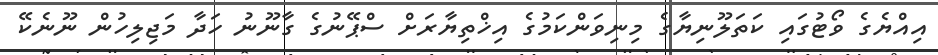
އިއްޔެގެ ވޯޓުގައި ކަތަލޫނިޔާގެ މިނިވަންކަމުގެ އިޚްތިޔާރަށް ސްޕޭނުގެ ގާނޫނު ހަދާ މަޖިލިހުން ނޫނެކޭ